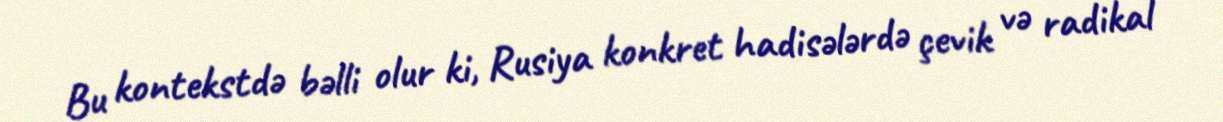
Bu kontekstdə bəlli olur ki, Rusiya konkret hadisələrdə çevik və radikal